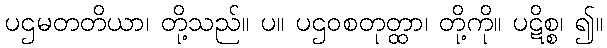
ပဌမတတိယာ၊ တို့သည်။ ပ။ ပဌဝစတုတ္ထာ၊ တို့ကို။ ပဋိစ္စ၊ ၍။